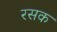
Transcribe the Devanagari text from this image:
रसक